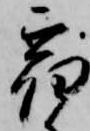
宿